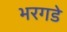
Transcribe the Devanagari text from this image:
भरगडे